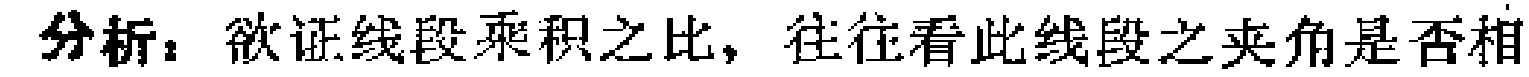
分析：欲证线段乘积之比，往往看此线段之夹角是否相